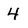
Character: 4